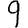
Digit: 9